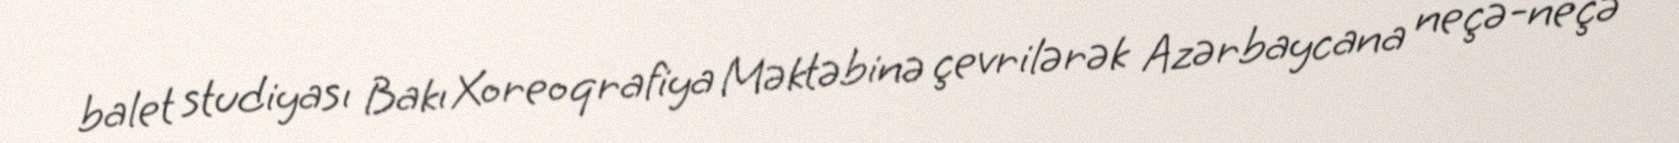
balet studiyası Bakı Xoreoqrafiya Məktəbinə çevrilərək Azərbaycana neçə-neçə